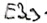
Text: E3.3